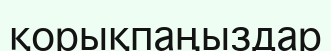
қорықпаңыздар